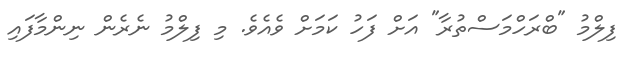
ފިލްމު "ބްރަހްމަސްތުރާ" އަށް ފަހު ކަމަށް ވެއެވެ. މި ފިލްމު ނެރެން ނިންމާފައި